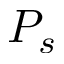
P _ { s }